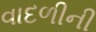
વાદળીની